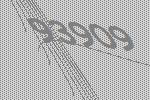
93909